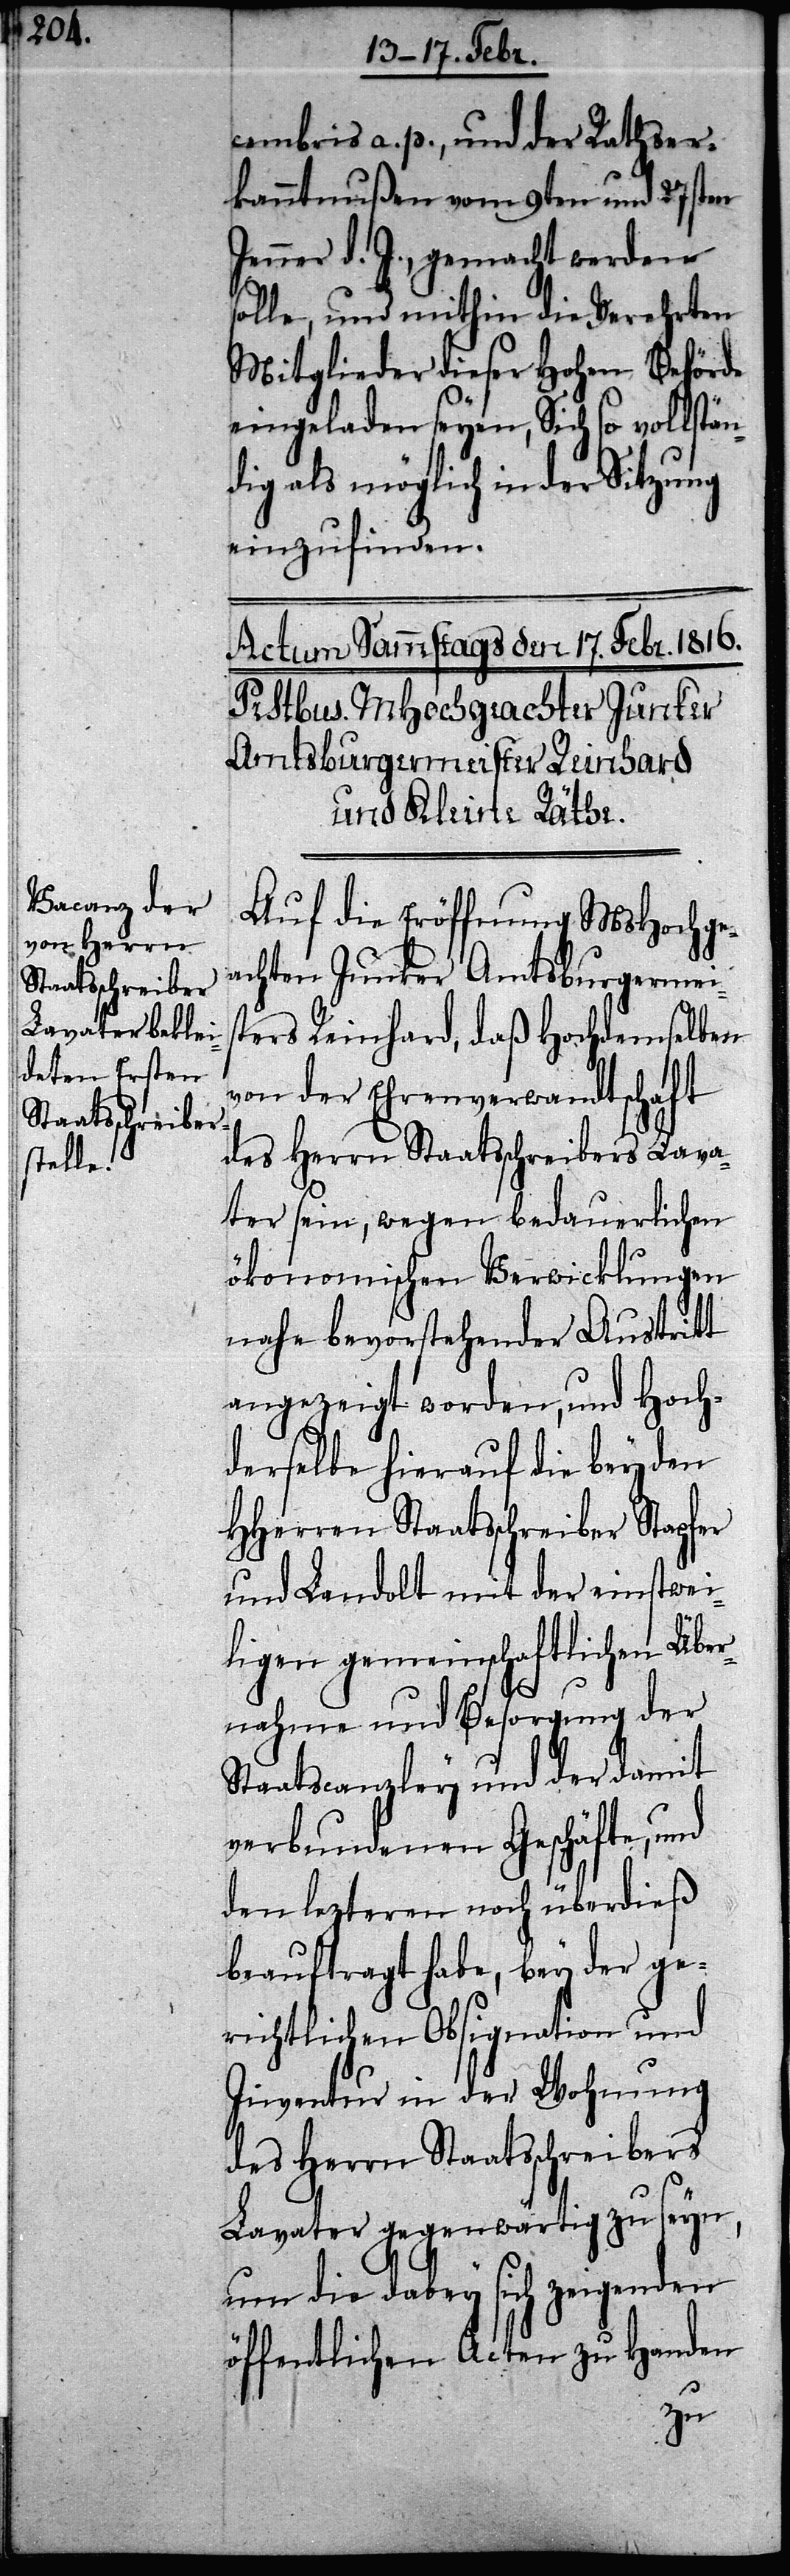
cembris a. p., und der Rathser¬
kanntnußen vom 9ten und 27sten
Jenner d. J., gemacht werden
solle, und mithin die Verehrten
Mitglieder dieser Hohen Behörde
eingeladen seyen, Sich so vollstän¬
dig als möglich in der Sitzung
einzufinden.
Auf die Eröffnung MsHochge¬
achten Junker Amtsburgermeis¬
ters Reinhard, daß Hochdemselben
von der Ehrenverwandtschaft
des Herrn Staatsschreibers Lava¬
ter sein, wegen bedauerlichen
ökonomischen Verwicklungen
nahe bevorstehender Austritt
angezeigt worden, und Hoch¬
derselbe hierauf die beyden
HHerren Staatsschreiber Stapfer
und Landolt mit der einstwei¬
ligen gemeinschaftlichen Über¬
nahme und Besorgung der
Staatscanzley und der damit
verbundenen Geschäfte, und
den lezteren noch überdieß
beauftragt habe, bey der ge¬
richtlichen Obsignation und
Inventur in der Wohnung
des Herrn Staatsschreibers
Lavater gegenwärtig zu seyn,
um die dabey sich zeigenden
öffentlichen Acten zu Handen